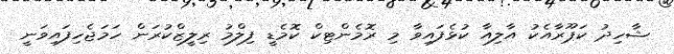
ޝާހިދު ކަޕޫރާއެކު އާލިއާ ކުޅެފައިވާ މި ރޮމެންޓިކް ކޮމެޑީ ފިލްމު ރިލީޒްކުރަން ހަމަޖެހިފައިވަނީ